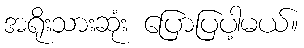
အရိုးသားဆုံး ပြောပြပါ့မယ်။